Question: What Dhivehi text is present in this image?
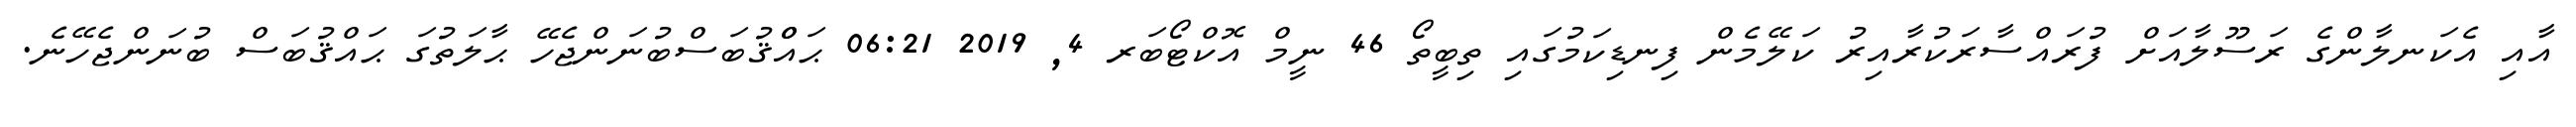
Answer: އާއި އެކަނލާންގެ ރަސޫލާއަށް ފުރައްސާރަކުރާއިރު ކަލޭމެން ފިނޑިކަމުގައި ތިބީތޯ 46 ނީމް އޮކްޓޯބަރ 4, 2019 06:21 ޙައްްޤުބަސްބުނަންޖެހޭ ޙާލަތުގަ ޙައްޤުބަސް ބުނަންޖެހޭނެ.